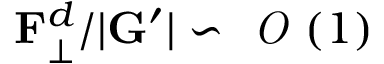
\mathbf { F } _ { \bot } ^ { d } / | \mathbf { G } ^ { \prime } | \backsim \textit { O } ( 1 )